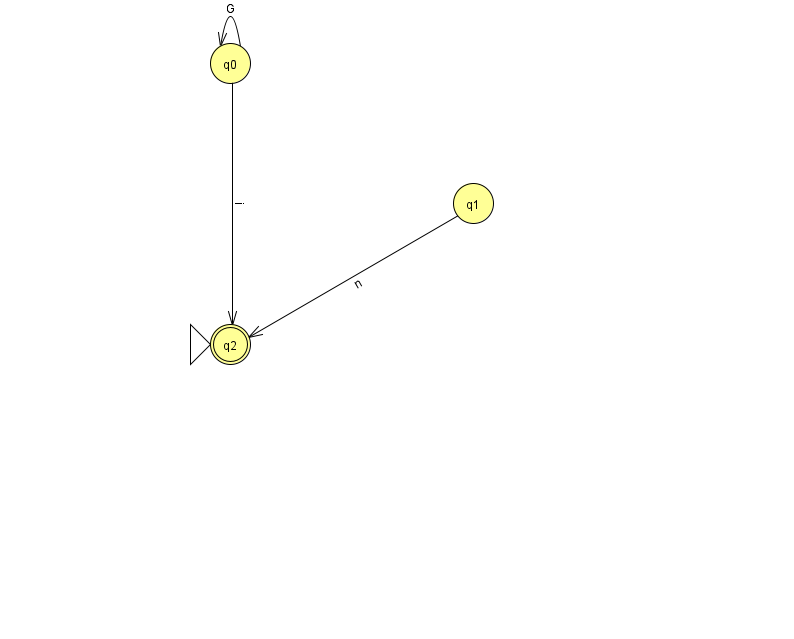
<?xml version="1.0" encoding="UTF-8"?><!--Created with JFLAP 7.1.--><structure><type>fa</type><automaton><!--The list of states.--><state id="0" name="q0"><x>230.0</x><y>50.0</y></state><state id="1" name="q1"><x>473.0</x><y>190.0</y></state><state id="2" name="q2"><x>230.0</x><y>331.0</y><initial/><final/></state><!--The list of transitions.--><transition><from>1</from><to>2</to><read>n</read></transition><transition><from>0</from><to>2</to><read>i</read></transition><transition><from>0</from><to>0</to><read>G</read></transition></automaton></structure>